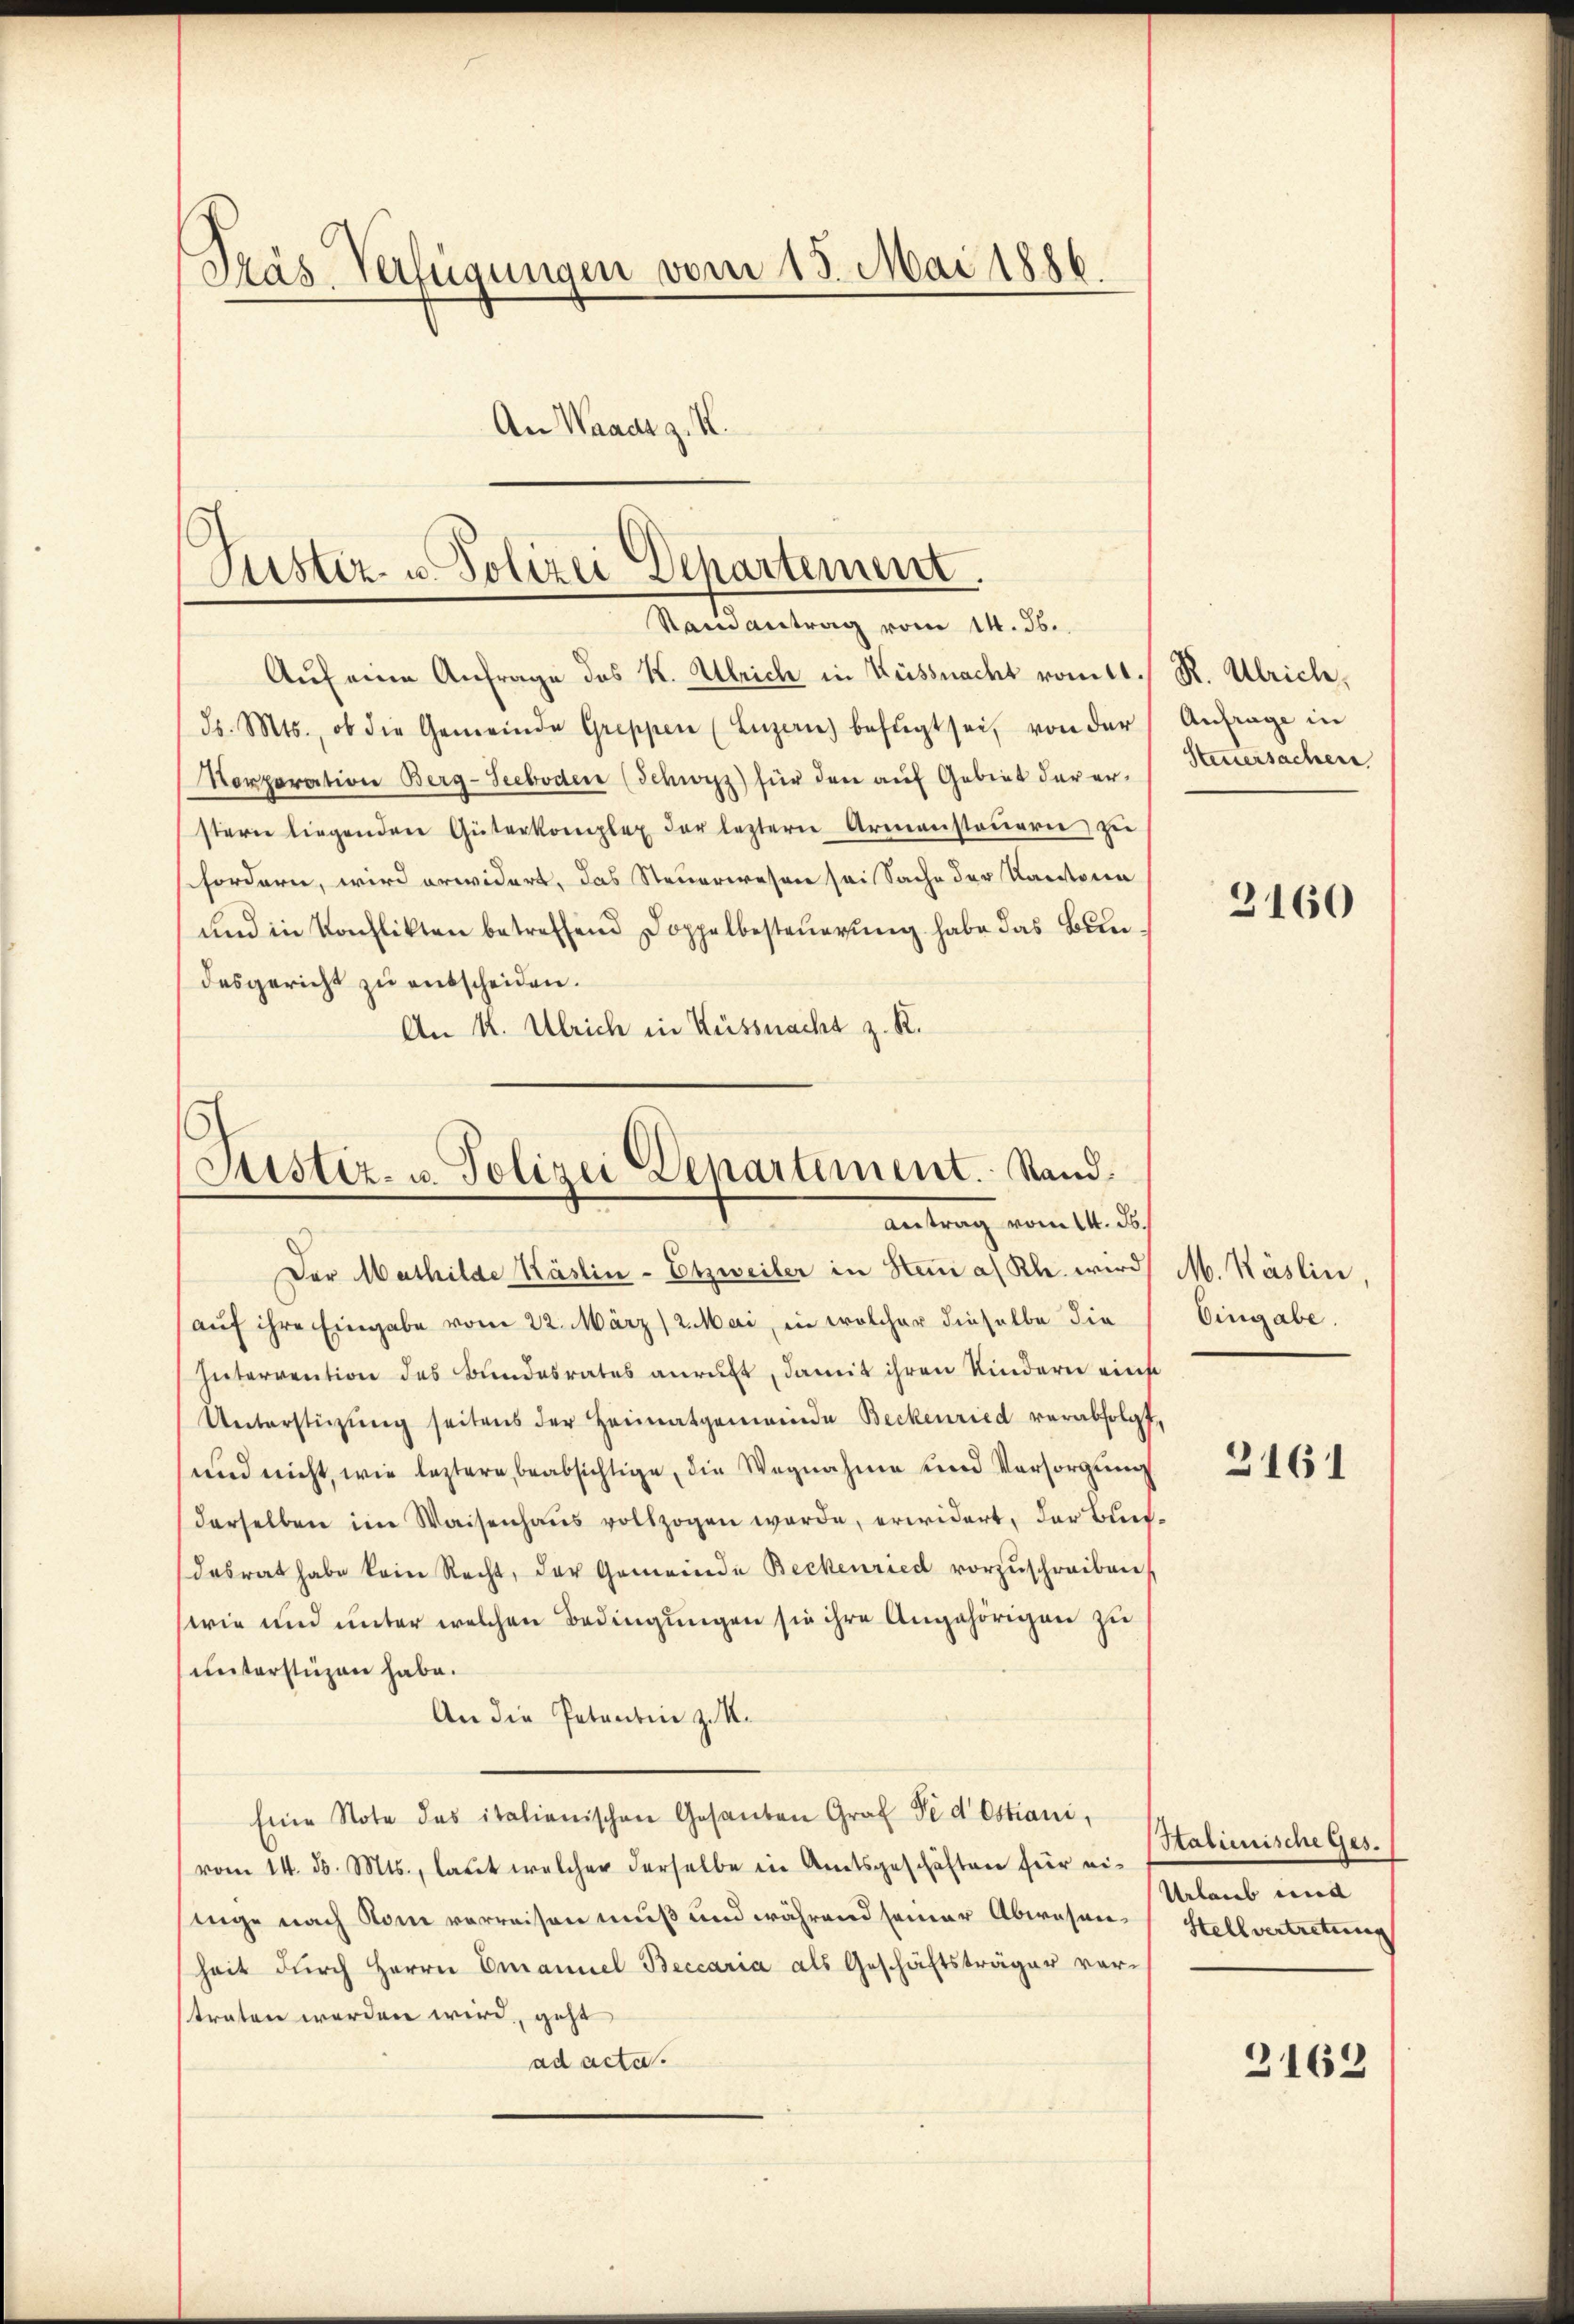
Szás Verfügungen vom 15. Mai 1886
An Waadt z. K.

Puster- u Polizei Departement.
Stand antrag vom 14. ds.

Justiz- u. Polizei Departement. Stand.
Antrag vom 14. ds.

Auf eine Anfrage des K. Ulrich in Küssnacht vom 11./ R. Ulrich,
ds. Mts., ob die Gemeinde Greppen (Luzern) befugt sei, von der
Norporation Berg-Teeboden (Schwyz) für den auf Gebiet der ersterie liegenden Güterkomplex der lezterne Armensteuern zu
fordern, wird erwidert, das Steuerwesen sei Sache der Kantona
und in Konflikten betreffend Doppelbesteuerung habe das Bundesgericht zu entscheiden.
An K. Ulrich in Küssnacht z. R.

Der Mathilde Käslin - Etzweiler in Stani a. Rh. wird M. Käslin,
(auf ihre Eingabe vom 22. März 2. Mai, in welcher dieselbe die
Intervention des Bundesrates anruft, damit ihren Kindern eins
Unterstützŭng seitens der Heimatgemeinde Beckenried verabfolgt,
und nicht, wie leztere beabsichtige, die Wegnahme und Versorgung
derselben im Waisenhaŭs vollzogen werde, erwidert, der Buchdesrat habe kein Recht, der Gemeinde Beckenried vorzuschreiben.
(wie und unter welchen Bedingungen sie ihre Angehörigen zu
unterstüzen habe.
An die Petentin zu M.
Eine Note des italienischen Gesanten Graf Fe d Ostiani,
(vom 14. d. Mts., laut welcher derselbe in Amtsgeschäften für einnge nach Rom verreisen muß und während seiner Abwesenheit durch Herrn Emanuel Beccaria als Geschäftsträger vor-
straten werden wird, geht
ad acta.

Anfrage in
Steuersachen.

3160

Eingabe.

3161

Stalienische Ges.
Urlaub und
Stellvertretung

2162